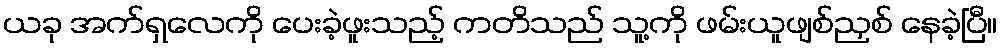
ယခု အက်ရှလေကို ပေးခဲ့ဖူးသည့် ကတိသည် သူ့ကို ဖမ်းယူဖျစ်ညှစ် နေခဲ့ပြီ။